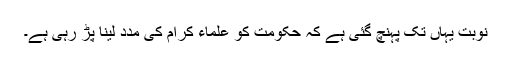
نوبت یہاں تک پہنچ گئی ہے کہ حکومت کو علماء کرام کی مدد لینا پڑ رہی ہے۔